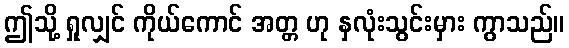
ဤသို့ ရှုလျှင် ကိုယ်ကောင် အတ္တ ဟု နှလုံးသွင်းမှား ကွာသည်။